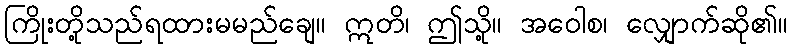
ကြိုးတို့သည်ရထားမမည်ချေ။ ဣတိ၊ ဤသို့။ အဝေါစ၊ လျှောက်ဆို၏။